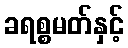
ခရစ္စမတ်နှင့်